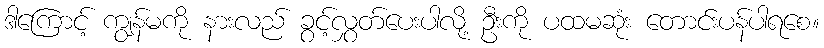
ဒါကြောင့် ကျွန်မကို နားလည် ခွင့်လွှတ်ပေးပါလို့ ဦးကို ပထမဆုံး တောင်းပန်ပါရစေ။